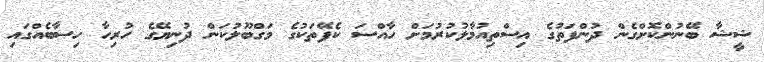
ޝީޝާ ބޭނުންކޮށްގެން ދުންފަތުގެ އިސްތިއުމާލުކުރުމަށް ހާއްސަ ކެފޭތަކުގެ މަގްބޫލުކަން ދުނިޔޭގެ ހުރިހާ ހިސާބެއްގައި